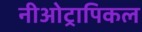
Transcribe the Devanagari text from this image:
नीओट्रापिकल